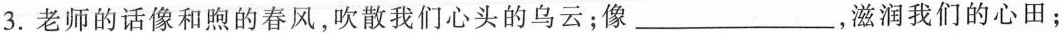
3.老师的话像和煦的春风，吹散我们心头的乌云；像___，滋润我们的心田；